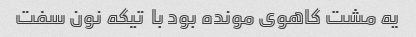
یه مشت کاهوی مونده بود با  تیکه نون سفت